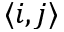
\langle i , j \rangle